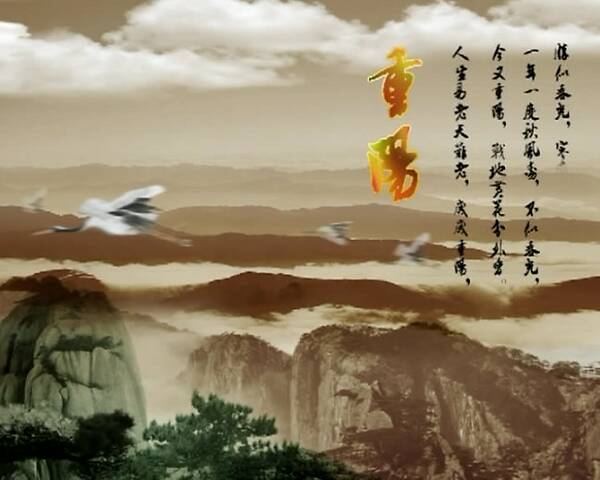
王孙莫把比蓬蒿，九日枝枝近鬓毛。